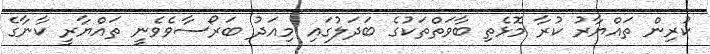
ކުރިން ތައްޔާރު ކުރާ މޮޅެތި ބާވަތްތަކުގެ ބަދަލުގައި މިއަދު ބަރޯސާވެވެނީ ތައްޔާރީ ކާނާގެ